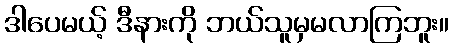
ဒါပေမယ့် ဒီနားကို ဘယ်သူမှမလာကြဘူး။